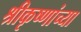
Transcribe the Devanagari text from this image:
श्रीकृष्णांच्या